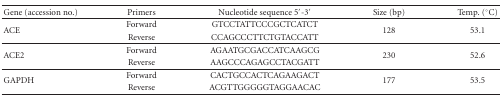
<table><thead><tr><td><b>Gene (accession no.)</b></td><td><b>Primers</b></td><td><b>Nucleotide sequence 5′-3′</b></td><td><b>Size (bp)</b></td><td><b>Temp. (°C)</b></td></tr></thead><tbody><tr><td rowspan="2">ACE</td><td>Forward</td><td>GTCCTATTCCCGCTCATCT</td><td rowspan="2">128</td><td rowspan="2">53.1</td></tr><tr><td>Reverse</td><td>CCAGCCCTTCTGTACCATT</td></tr><tr><td rowspan="2">ACE2</td><td>Forward</td><td>AGAATGCGACCATCAAGCG</td><td rowspan="2">230</td><td rowspan="2">52.6</td></tr><tr><td>Reverse</td><td>AAGCCCAGAGCCTACGATT</td></tr><tr><td rowspan="2">GAPDH</td><td>Forward</td><td>CACTGCCACTCAGAAGACT</td><td rowspan="2">177</td><td rowspan="2">53.5</td></tr><tr><td>Reverse</td><td>ACGTTGGGGGTAGGAACAC</td></tr></tbody></table>